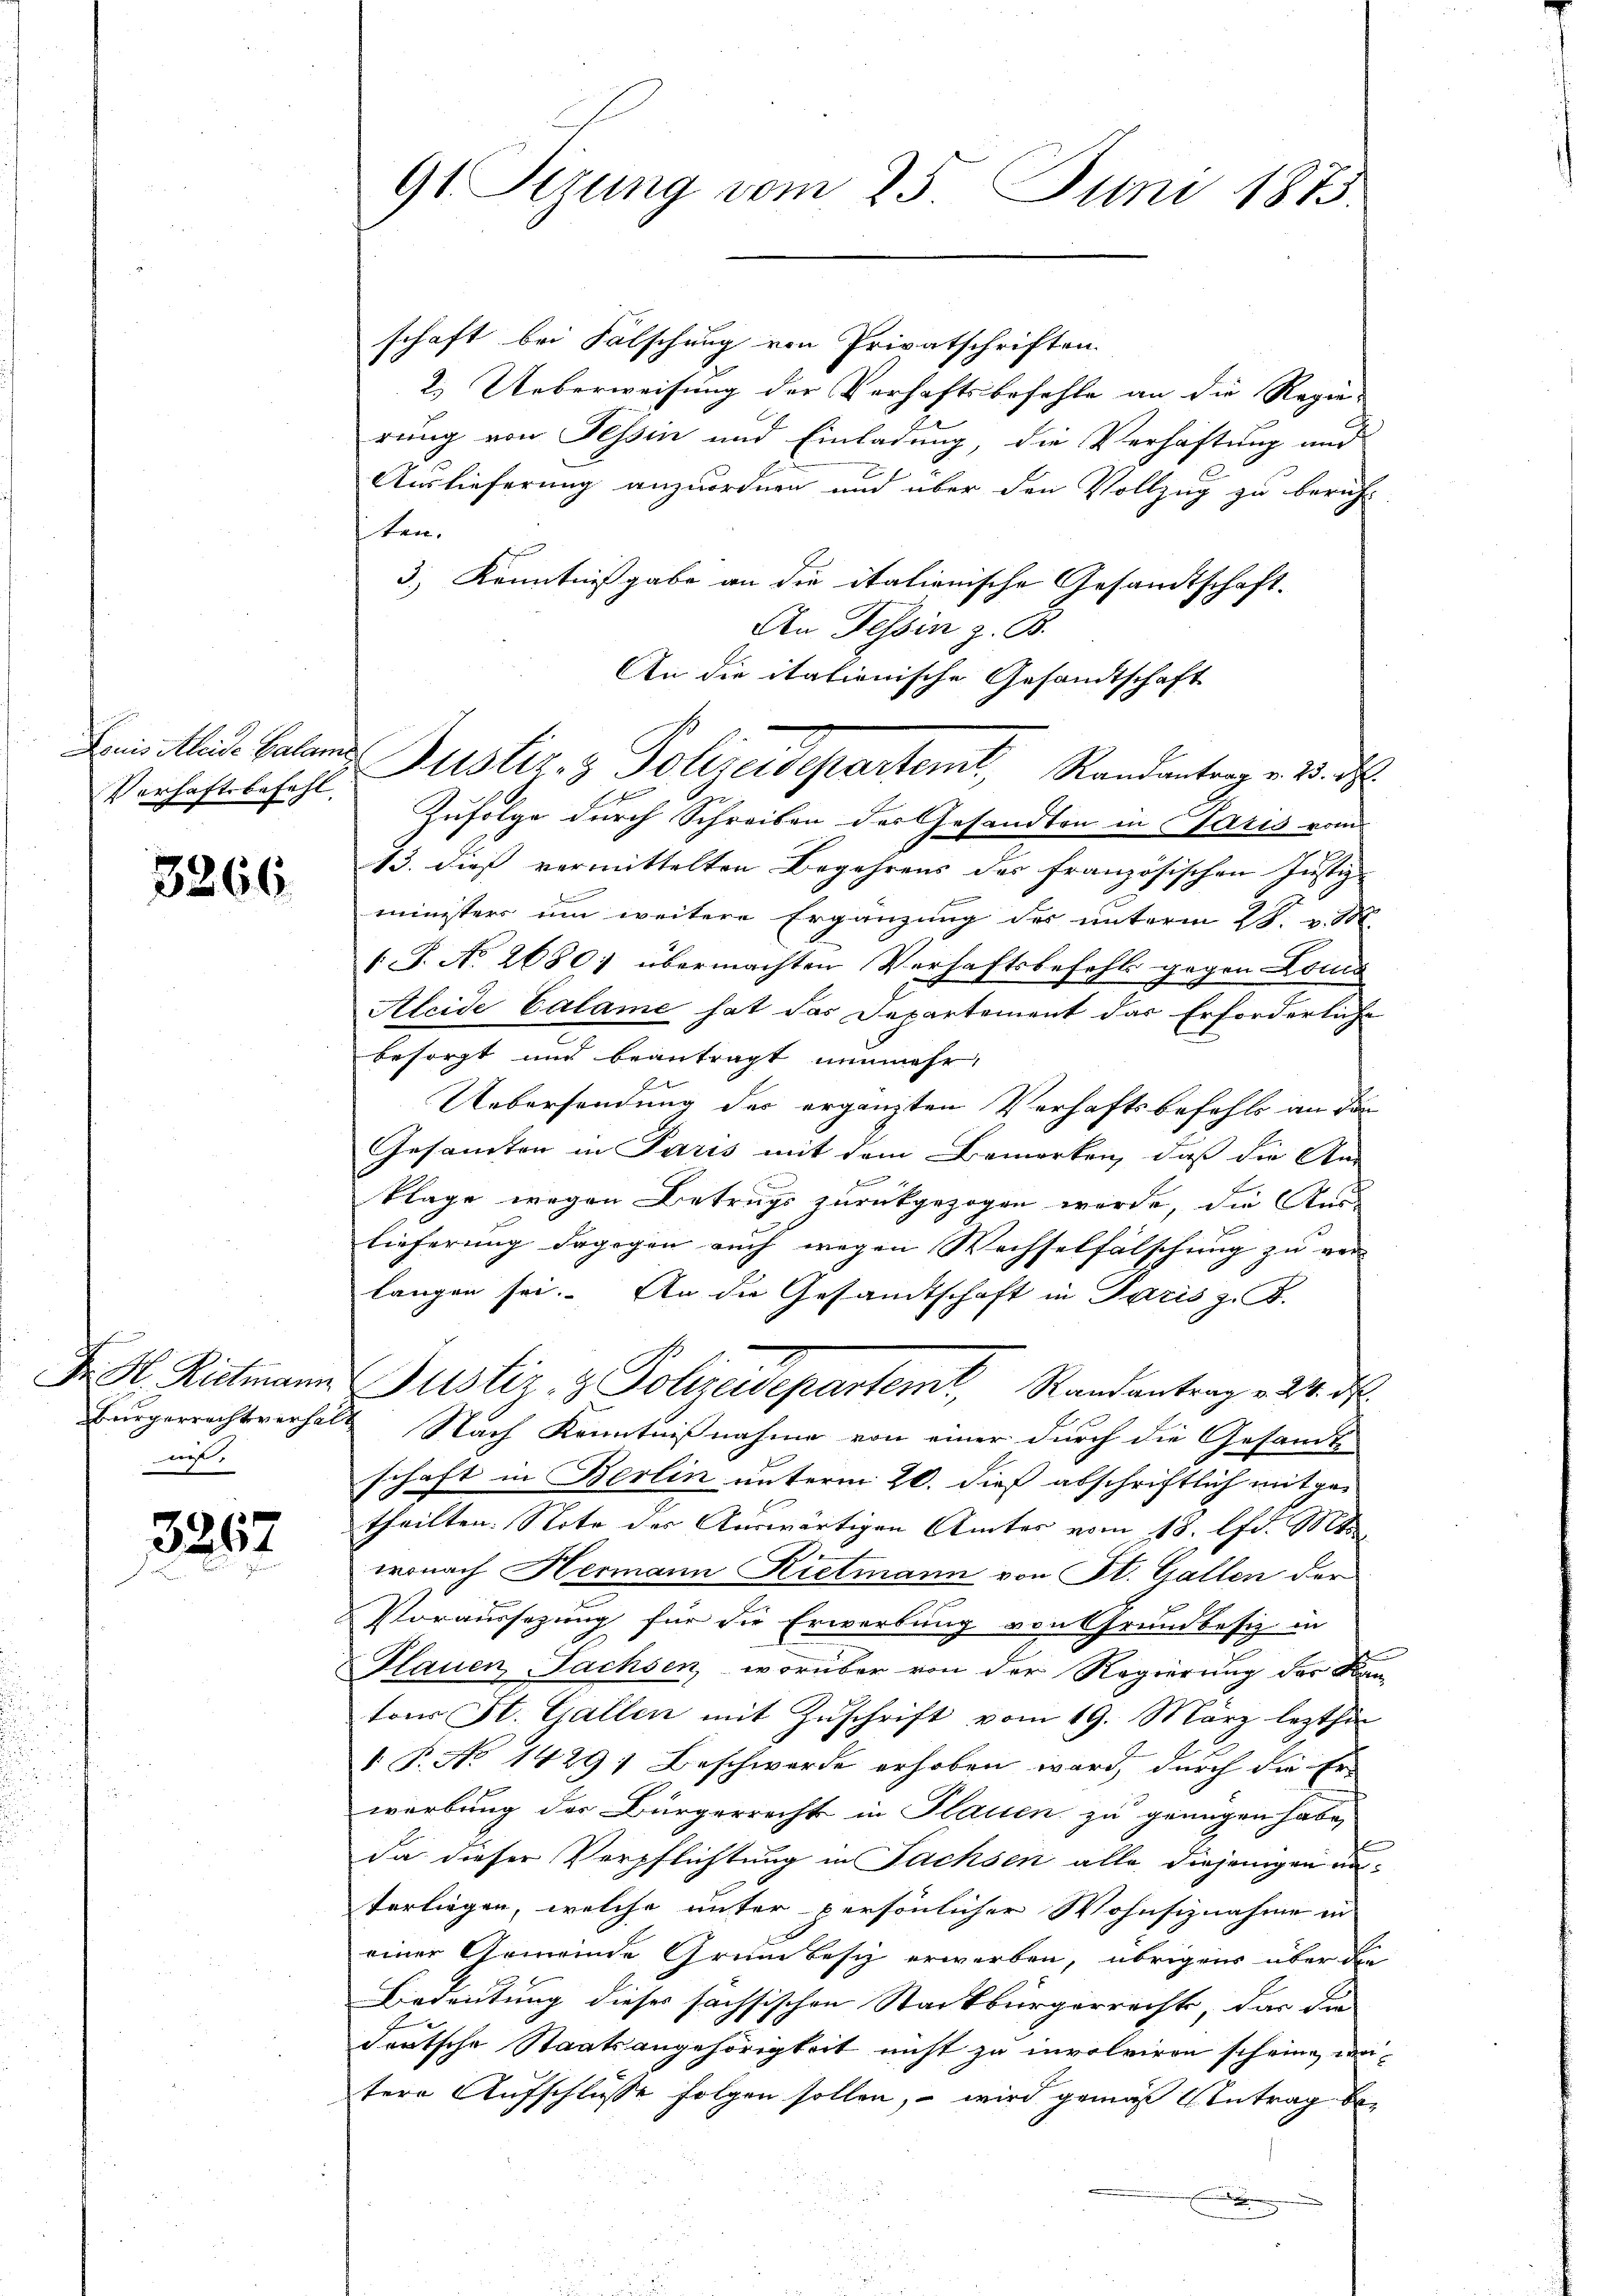
Verhaftsbefehl

3266

Bürgerrechtsverfal
m

3267

91 Sizung vom 25. Juni 1873.

schaft bei Fälschung von Privatschriften.
2. Ueberweisung der Verhaftsbefehle an die Regie-
rung von Tessin und Einladung, die Verhaftung und
Auslieferung anzuordnen und über den Vollzug zu beruht.
ten.
3.) Kenntnißgabe an die italienische Gesandtschaft.
An Tessin z. B.
An die itationische Gesandtschaft
Zufolge durch Schreiben des Gesandten in Satis vom
13. dies vermittelten Begehrens des französischen Justiz-
ministers um weitere Ergänzung des unterm 28. v. M.
1 J. No 2680; übermachten Verhaftsbefohle gegen Loma
Alcide Calame hat das Departement das Erforderliche
besorgt und beantragt nunmehr,
Uebersendung der ergänzten Verhaftsbefehls an da
Gesamten in Paris mit dem Bemerken, daß die An-
klage wegen Betrugs zurückgezogen wurde, die Aus-
der
lieferung dagegen auch wegen Wechselfälschung zu ver- |
langen sei. An die Gesandtschaft in Paris z. B.
Fr. H. Rittmann Justiz- & Polizeidepartemt, Randantrag v. d. d
 Nach Kenntnißnahme von einer durch die Gesandt
schaft in Berlin unterm 20. dieß abschriftlich mitgetheilten. Note des Auswärtigen Amtes vom 18. d. 1814
wonach Hermann Rietmann von St. Gallen der
Voraussezung für die Erwerbung von Pfrundbesiz in
Flauen Fachsen, worüber von der Regierung der Kantor St. Gallen mit Zŭschrift vom 19. März lezthin
V. P. No 1429) Beschwerde erhoben ward, durch die Er-
werbung der Bürgerrecht in Plauen zu grungen habe,
da dieser Verpflichtung in Fachsen alle diejenigen unterliegen, welche unter persönlicher Wohnsiznahme in
einer Gemeinde Grundbesch erwerben, übrigens über die
Bedeutung dieses sachsischen Stadtbürgerrechts, das die
deutsche Staatsangehörigkeit nicht zu involviren scheine, wei-
tere Aufschlüsse folgen sollen, – wird gemäß Antrag bed

Ei Mad. Caland Zustiz- & Polizeidepartemt, Randantrag v. 3. d